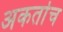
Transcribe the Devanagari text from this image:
अकर्ताच